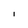
Character: I